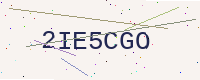
Text: 2IE5CGO